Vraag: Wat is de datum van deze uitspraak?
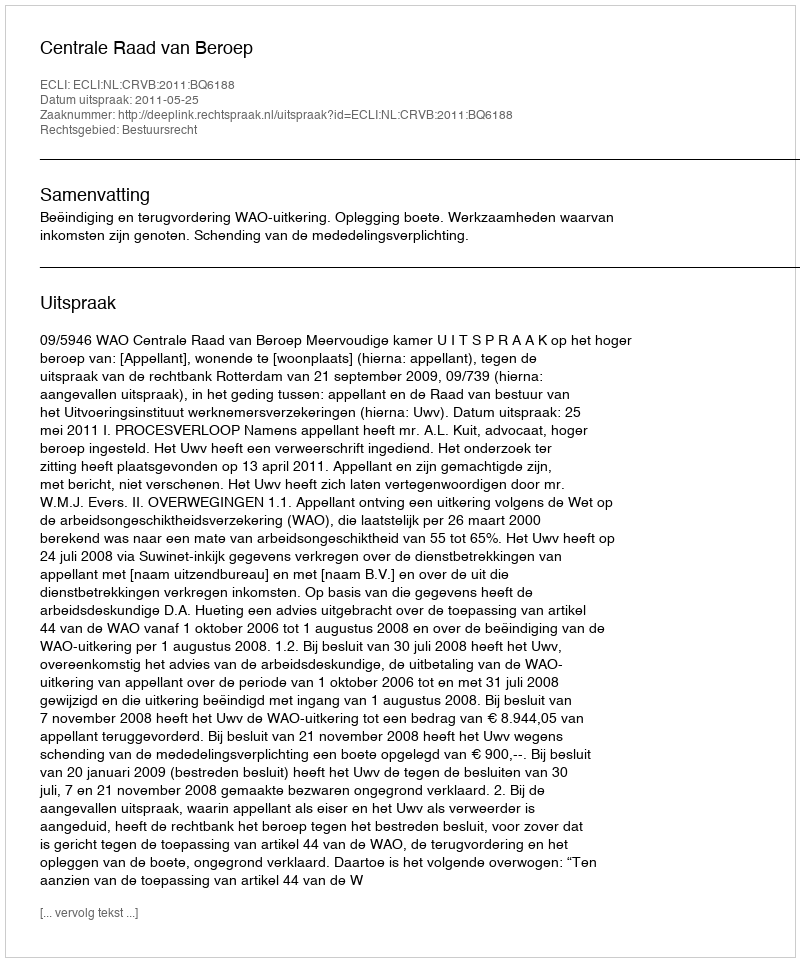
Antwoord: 2011-05-25